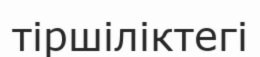
тіршіліктегі